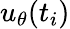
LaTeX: {u_{\theta}}(t_{i})